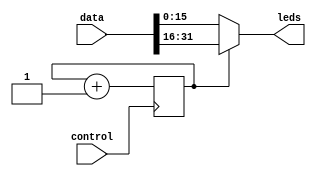
module Output (
	data, // actual bits to display (32)
	control,  // signal to toggle displaying MSB and LSB bits
	leds,    // leds to display the bits (16)
);

	input [31:0] data;
	input control;
	output [15:0] leds;

	reg toggle;

	always @(posedge control) begin
		// adding 1 to single bit signals toggles it
		toggle <= toggle + 1;
	end

	assign leds = toggle ? data[31:16] : data[15:0];

endmodule